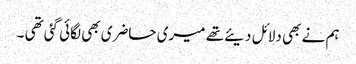
ہم نے بھی دلائل دیئے تھے میری حاضری بھی لگائی گئی تھی ۔